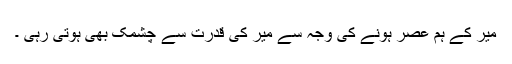
میر کے ہم عصر ہونے کی وجہ سے میر کی قدرت سے چشمک بھی ہوتی رہی ۔